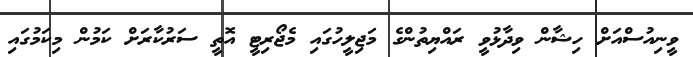
ވީނިއުސްއަށް ހިޝާން ވިދާޅުވީ ރައްޔިތުންގެ މަޖިލީހުގައި މެޖޯރިޓީ އޮތީ ސަރުކާރަށް ކަމުން މިކަމުގައި